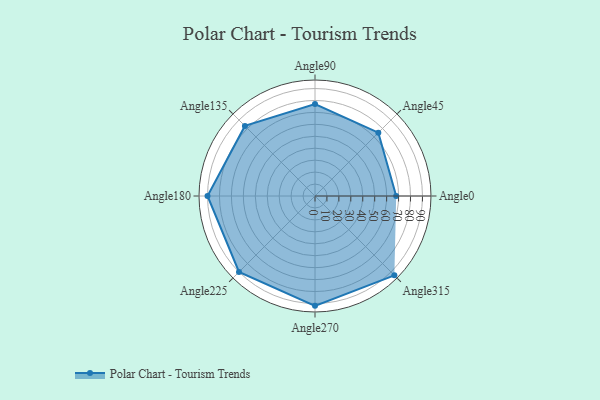
{"axis": {"x": "Angle", "y": "Radius"}, "legend": [""], "data": [{"x": "Angle0", "y": 68.0, "type": ""}, {"x": "Angle45", "y": 75.0, "type": ""}, {"x": "Angle90", "y": 77.0, "type": ""}, {"x": "Angle135", "y": 83.0, "type": ""}, {"x": "Angle180", "y": 90.0, "type": ""}, {"x": "Angle225", "y": 90.0, "type": ""}, {"x": "Angle270", "y": 92.0, "type": ""}, {"x": "Angle315", "y": 94.0, "type": ""}]}